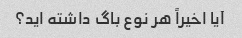
آیا اخیراً هر نوع باگ داشته اید؟